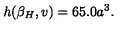
h ( { \beta _ { H } } , v ) = 6 5 . 0 a ^ { 3 } .